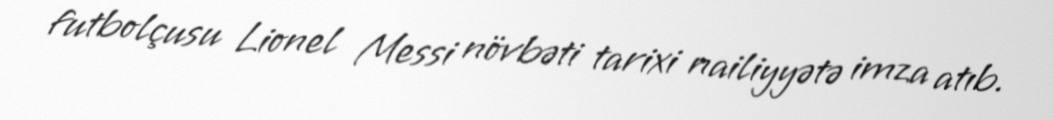
futbolçusu Lionel Messi növbəti tarixi nailiyyətə imza atıb.